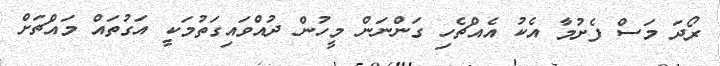
ރޯދަ މަސް ފެށުމާ އެކު އެއްޗެހި ގަންނަން މީހުން ދުއްވައިގަތުމަކީ އަގުތައް މައްޗަށް